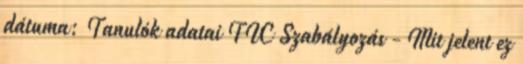
dátuma: Tanulók adatai FIC Szabályozás - Mit jelent ez